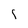
Character: i